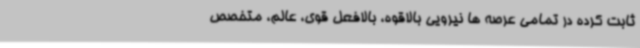
ثابت کرده در تمامی عرصه ها نیرویی بالاقوه، بالافعل قوی، عالم، متخصص